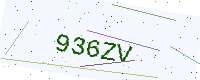
Text: 936ZV